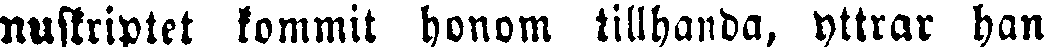
nuskriptet kommit honom tillhanda, yttrar han